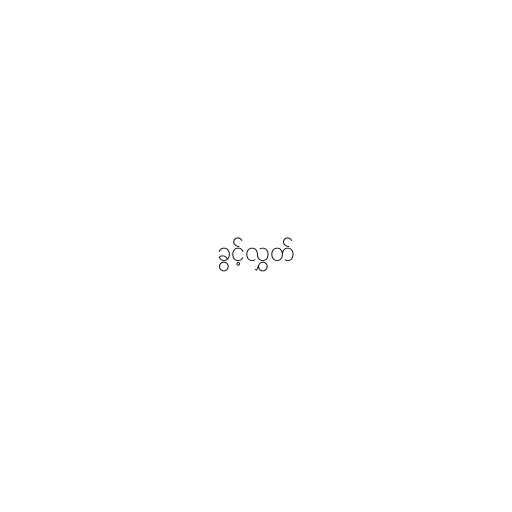
ခွင့်လွှတ်